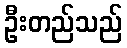
ဦးတည်သည်